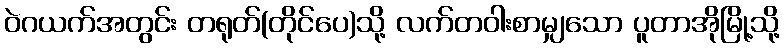
ဝဲဂယက်အတွင်း တရုတ်(တိုင်ပေ)သို့ လက်တဝါးစာမျှသော ပူတာအိုမြို့သို့